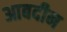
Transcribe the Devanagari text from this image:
आबदीन